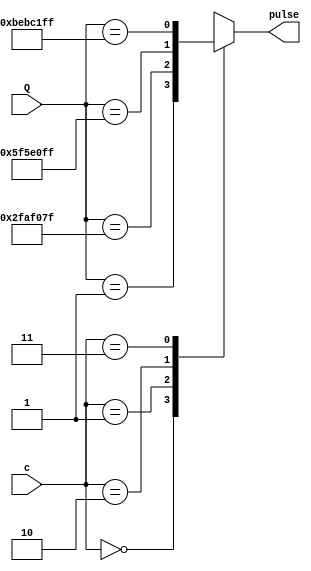
module Comparator (c, Q, pulse);

	input [1:0] c;
	input [27:0]Q;
	output reg pulse;
	
	always @ *
		case (c)
			2'b00:
				pulse = (Q == 28'd1); //50 Hz
			2'b01:
				pulse = (Q == 28'd49999999); //1 Hz
			2'b10:
				pulse = (Q == 28'd99999999); //0.5 Hz
			2'b11:
				pulse = (Q == 28'd199999999); //0.5 Hz
		endcase
				
endmodule